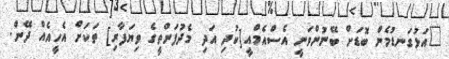
"އަޅުގަނޑުމެން ބޮޑަށް ބޭނުންވަނީ އެސްއެމްއީ[ކުދި އަދި މެދުފަންތީގެ ވިޔަފާރި] ތަކަށް އެހީއެއް ދޭން.